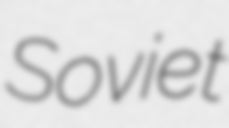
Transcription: Soviet